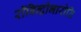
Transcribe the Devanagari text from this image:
रॉबिन्द्रोभारोति